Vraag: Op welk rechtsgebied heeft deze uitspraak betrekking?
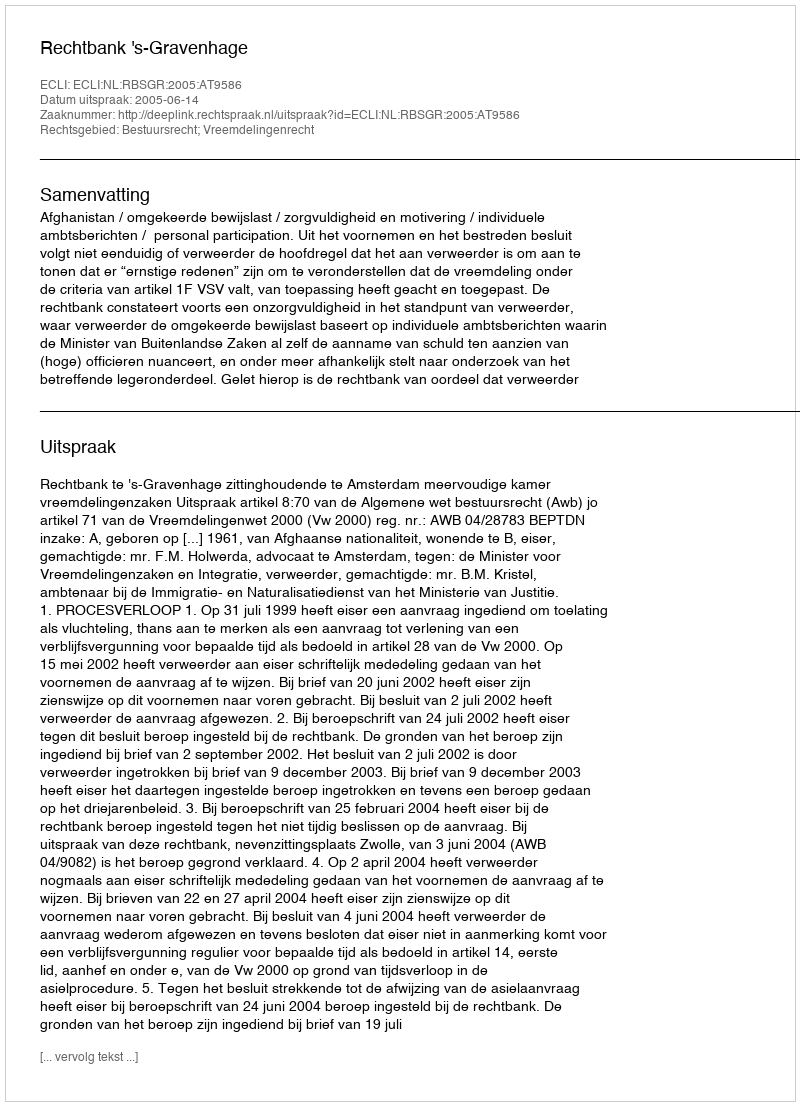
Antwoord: Bestuursrecht; Vreemdelingenrecht